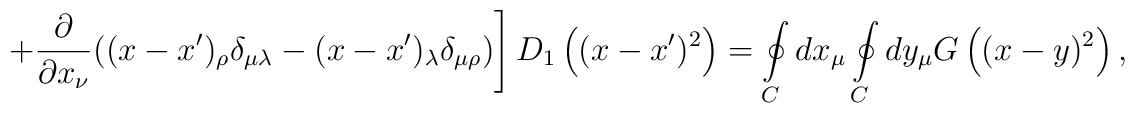
\left.+\frac{\partial}{\partial x_\nu}((x-x')_\rho\delta_{\mu\lambda}-(x-x')_\lambda\delta_{\mu\rho})\right]D_1\left((x-x')^2\right)=\oint\limits_C^{}dx_\mu\oint\limits_C^{}dy_\mu G\left((x-y)^2\right),